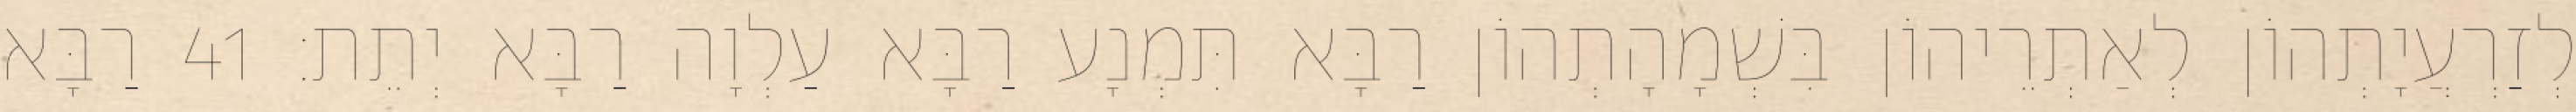
לְזַרְעֲיָתְהוֹן לְאַתְרֵיהוֹן בִּשְׁמָהָתְהוֹן רַבָּא תִּמְנָע רַבָּא עַלְוָה רַבָּא יְתֵת׃ 41 רַבָּא